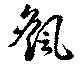
颻